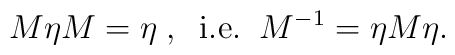
M\eta M=\eta \; , \;\; {\rm i. e.} \; \;  M^{-1} = \eta M \eta.